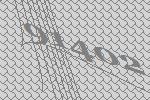
91402